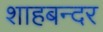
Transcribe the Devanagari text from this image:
शाहबन्दर